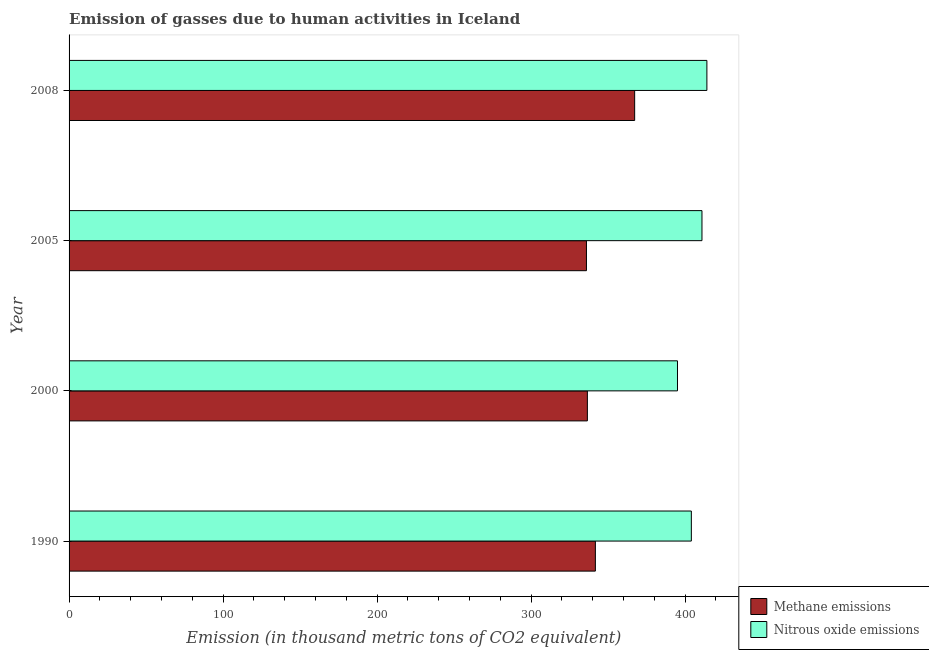
| Year | Methane emissions | Nitrous oxide emissions |
 | --- | --- | --- |
 | 1990 | 342 | 404 |
 | 2000 | 336 | 395 |
 | 2005 | 336 | 411 |
 | 2008 | 367 | 414 |